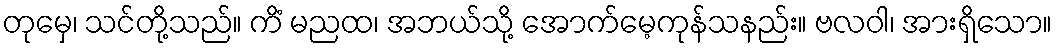
တုမှေ၊ သင်တို့သည်။ ကိံ မညထ၊ အဘယ်သို့ အောက်မေ့ကုန်သနည်း။ ဗလဝါ၊ အားရှိသော။